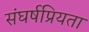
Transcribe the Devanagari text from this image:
संघर्षप्रियता